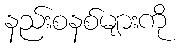
နည်းစနစ်များကို